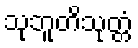
သုဘူတိသုတ္တံ